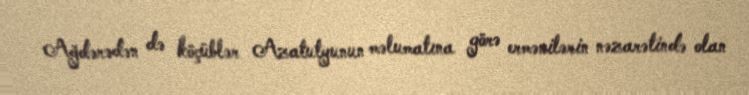
Ağdərədən də köçüblər Azatutyunun məlumatına görə ermənilərin nəzarətində olan